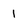
Character: 1